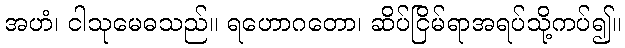
အဟံ၊ ငါသုမေဓသည်။ ရဟောဂတော၊ ဆိပ်ငြိမ်ရာအရပ်သို့ကပ်၍။